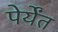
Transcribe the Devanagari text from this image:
पेर्येंत